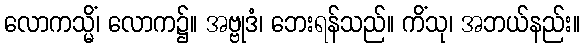
လောကသ္မိံ၊ လောက၌။ အဗ္ဗုဒံ၊ ဘေးရန်သည်။ ကိံသု၊ အဘယ်နည်း။